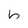
Character: b